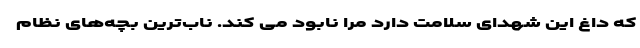
که داغ این شهدای سلامت دارد مرا نابود می کند. ناب‌ترین بچه‌های نظام